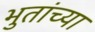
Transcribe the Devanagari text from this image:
भुतांच्या